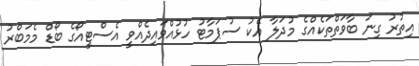
އިތުރު ގިނަ ބާވަތްތަކެއްގެ މުދަލާ އެކު ސުޕަމާޓު ހުޅުއްވައިދެއްވީ އެސްޓީއޯގެ ބޯޑް މެމަބްރު